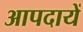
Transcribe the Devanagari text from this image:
आपदायें